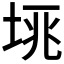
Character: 𡋮